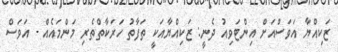
ޒަކިއްޔާ އަވަސްއަށް އިންޓަވިއު ދެނީ: ޒަކިއްޔާއަކީ ތަފާތު ހަރަކާތްތެރި މަންމައެއް - އަވަސް